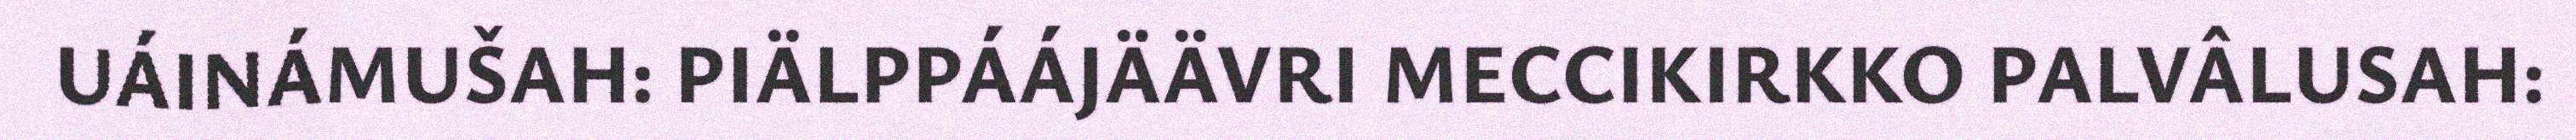
UÁINÁMUŠAH: PIÄLPPÁÁJÄÄVRI MECCIKIRKKO PALVÂLUSAH: